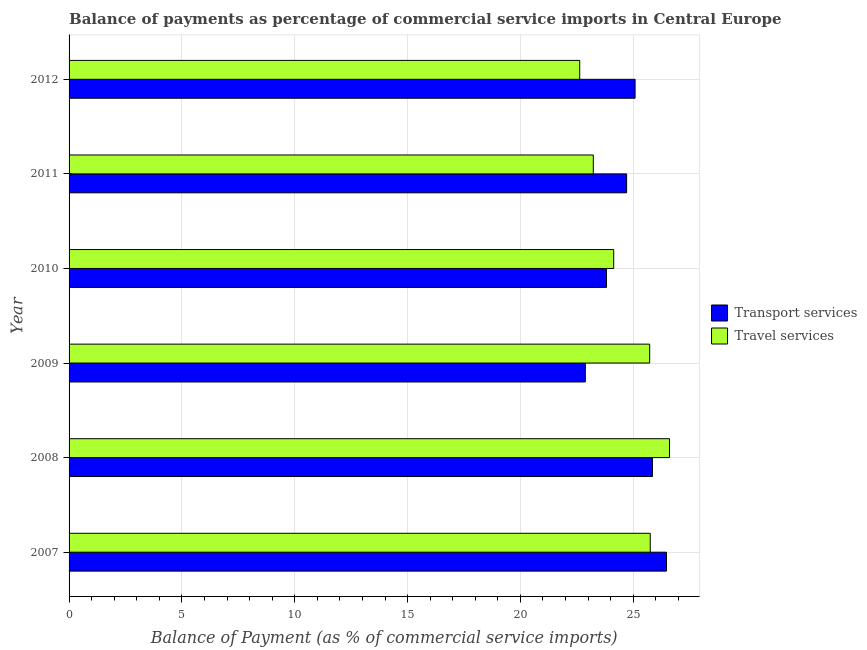
| Year | Transport services | Travel services |
 | --- | --- | --- |
 | 2007 | 26.5 | 25.8 |
 | 2008 | 25.9 | 26.6 |
 | 2009 | 22.9 | 25.7 |
 | 2010 | 23.8 | 24.1 |
 | 2011 | 24.7 | 23.2 |
 | 2012 | 25.1 | 22.6 |